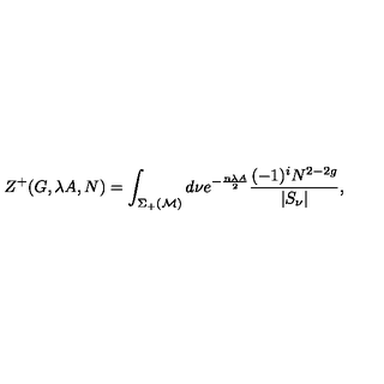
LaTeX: Z ^ { + } ( G , \lambda A , N ) = \int _ { \Sigma _ { + } ( { \cal M } ) } d \nu e ^ { - \frac { n \lambda A } { 2 } } \frac { ( - 1 ) ^ { i } N ^ { 2 - 2 g } } { | S _ { \nu } | } ,